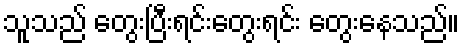
သူသည် တွေးပြီးရင်းတွေးရင်း တွေးနေသည်။